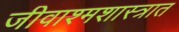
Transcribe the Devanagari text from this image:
जीवाश्मशास्त्रात